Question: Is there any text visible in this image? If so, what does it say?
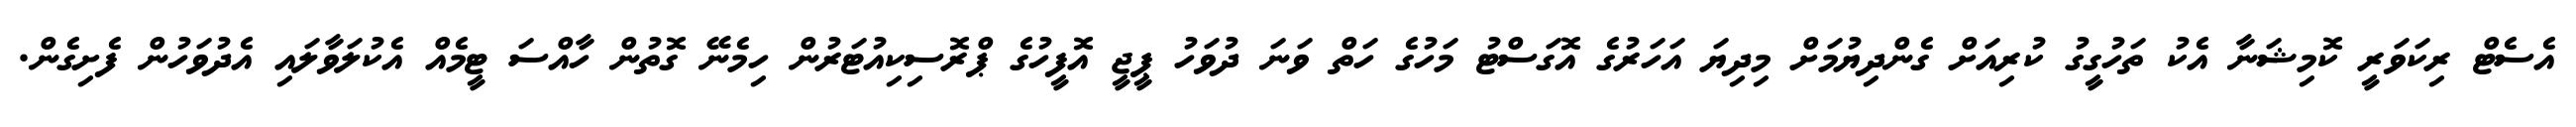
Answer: އެސެޓް ރިކަވަރީ ކޮމިޝަނާ އެކު ތަހުގީގު ކުރިއަށް ގެންދިޔުމަށް މިދިޔަ އަހަރުގެ އޮގަސްޓު މަހުގެ ހަތް ވަނަ ދުވަހު ޕީޖީ އޮފީހުގެ ޕްރޮސިކިއުޓަރުން ހިމެނޭ ގޮތުން ހާއްސަ ޓީމެއް އެކުލަވާލައި އެދުވަހުން ފެށިގެން.